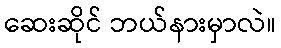
ဆေးဆိုင် ဘယ်နားမှာလဲ။